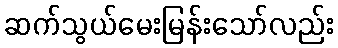
ဆက်သွယ်မေးမြန်းသော်လည်း